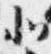
北